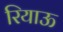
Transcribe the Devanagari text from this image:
रियाऊ